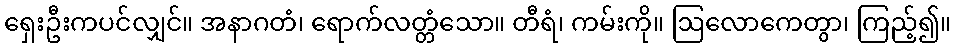
ရှေးဦးကပင်လျှင်။ အနာဂတံ၊ ရောက်လတ္တံသော။ တီရံ၊ ကမ်းကို။ ဩလောကေတွာ၊ ကြည့်၍။